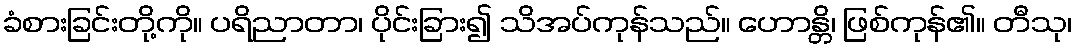
ခံစားခြင်းတို့ကို။ ပရိညာတာ၊ ပိုင်းခြား၍ သိအပ်ကုန်သည်။ ဟောန္တိ၊ ဖြစ်ကုန်၏။ တီသု၊